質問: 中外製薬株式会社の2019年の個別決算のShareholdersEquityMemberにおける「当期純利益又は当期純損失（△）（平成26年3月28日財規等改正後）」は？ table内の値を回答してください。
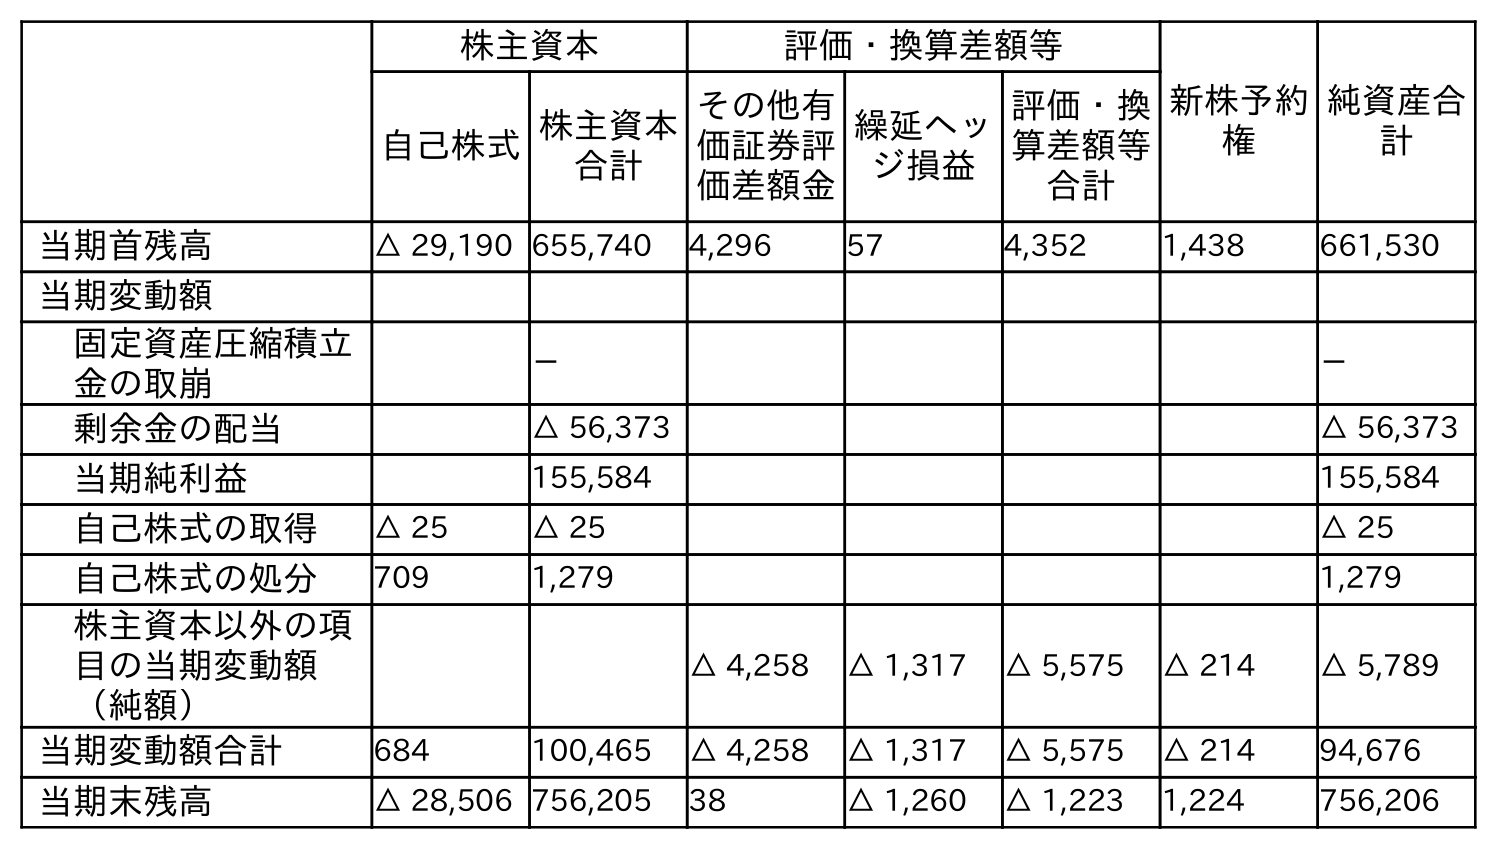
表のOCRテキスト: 株主資本 評価・換算差額等 新株予約 権 純資産合 計 自己株式株主資本 合計 その他有 価証券評 価差額金 繰延ヘッ ジ損益 評価・換 算差額等 合計 当期首残高 △ 29,190 655,740 4,296 57 4,352 1,438 661,530 当期変動額 固定資産圧縮積立 金の取崩 － － 剰余金の配当 △ 56,373 △ 56,373 当期純利益 155,584 155,584 自己株式の取得 △ 25 △ 25 △ 25 自己株式の処分 709 1,279 1,279 株主資本以外の項 目の当期変動額 （純額） △ 4,258 △ 1,317 △ 5,575 △ 214 △ 5,789 当期変動額合計 684 100,465 △ 4,258 △ 1,317 △ 5,575 △ 214 94,676 当期末残高 △ 28,506 756,205 38 △ 1,260 △ 1,223 1,224 756,206
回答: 155,584